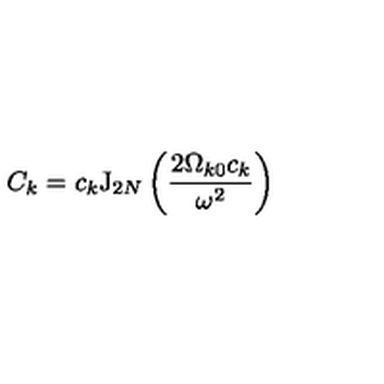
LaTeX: C _ { k } = c _ { k } \mathrm { J } _ { 2 N } \left( \frac { 2 \Omega _ { k 0 } c _ { k } } { \omega ^ { 2 } } \right)